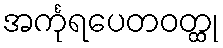
အင်္ကုရပေတဝတ္ထု